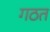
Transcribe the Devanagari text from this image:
गठत